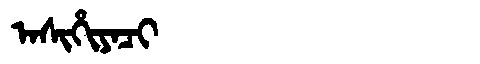
Manchu: ᠠᠰᡳᡥᡳᠶᠠᠴᡳ
Romanization: ASIHIYACI